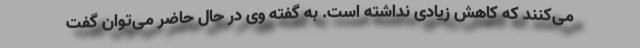
می‌کنند که کاهش زیادی نداشته است. به گفته وی در حال حاضر می‌توان گفت